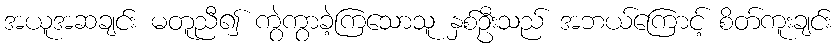
အယူအဆချင်း မတူညီ၍ ကွဲကွာခဲ့ကြသောသူ နှစ်ဦးသည် အဘယ်ကြောင့် စိတ်ကူးချင်း